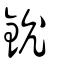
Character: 鈗